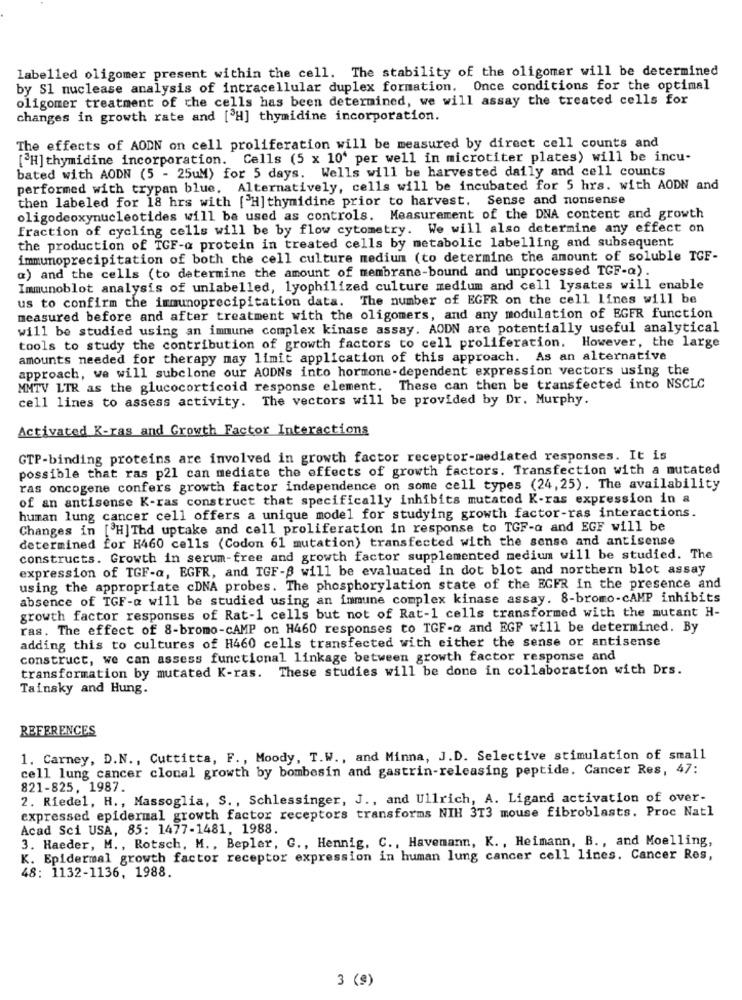
labelled oligomer present within the cell. The stability of the oligomer will be determined
by S1 nuclease analysis of intracellular duplex formation. Once conditions for the optimal
oligomer treatment of the cells has been determined, we will assay the treated cells for
changes in growth rate and [ H] thymidine incorporation.
The effects of AODN on cell proliferation will be measured by direct cell counts and
[H] thymidine incorporation. Cells (5 x 10' per well in microtiter plates) will be incu-
bated with AODN (5 - 25uM) for 5 days. Wells will be harvested daily and cell counts
performed with trypan blue. Alternatively, cells will be incubated for 5 hrs. with AODN and
then labeled for 18 hrs with [ H] thymidine prior to harvest. Sense and nonsense
oligodeoxynucleotides will be used as controls. Measurement of the DNA content and growth
Fraction of cycling cells will be by flow cytometry. We will also determine any effect on
the production of TGF-a protein in treated cells by metabolic labelling and subsequent
immunoprecipitation of both the cell culture medium (to determine the amount of soluble TGF-
a) and the cells (to determine the amount of membrane-bound and unprocessed TGF-Q) .
Immunoblot analysis of unlabelled, lyophilized culture medium and cell lysates will enable
us to confirm the immunoprecipitation data. The number of EGFR on the cell lines will be
measured before and after treatment with the oligomers, and any modulation of EGFR function
will be studied using an immune complex kinase assay. AODN are potentially useful analytical
tools to study the contribution of growth factors to cell proliferation. However, the large
amounts needed for therapy may limit application of this approach. As an alternative
approach, we will subclone our AODNs into hormone-dependent expression vectors using the
MMTV LTR as the glucocorticoid response element. These can then be transfected into NSCLC
cell lines to assess activity. The vectors will be provided by Dr. Murphy.
Activated K-ras and Growth Factor Interactions
GTP-binding proteins are involved in growth factor receptor-mediated responses. It is
possible that ras p21 can mediate the effects of growth factors. Transfection with a mutated
ras oncogene confers growth factor independence on some cell types (24, 25). The availability
of an antisense K-ras construct that specifically inhibits mutated K-ras expression in a
human lung cancer cell offers a unique model for studying growth factor-ras interactions.
Changes in [ H] Thd uptake and cell proliferation in response to TGF-Q and EGF will be
determined for H460 cells (Codon 61 mutation) transfected with the sense and antisense
constructs. Growth in serum-free and growth factor supplemented medium will be studied. The
expression of TGF-a, EGFR, and IGF- will be evaluated in dot blot and northern blot assay
using the appropriate cDNA probes. The phosphorylation state of the EGFR In the presence and
absence of TGF-Q will be studied using an immune complex kinase assay. 8-bromo-cAMP inhibits
growth factor responses of Rat-1 cells but not of Rat-1 cells transformed with the mutant H-
ras. The effect of 8-bromo-cAMP on H460 responses to TGF-Q and EGF will be determined. By
adding this to cultures of H460 cells transfected with either the sense or antisense
construct, we can assess functional linkage between growth factor response and
transformation by mutated K-ras. These studies will be done in collaboration with Drs.
Tainsky and Hung.
REFERENCES
1. Carney, D.N ., Cuttitta, F ., Moody, T.W ., and Minna, J.D. Selective stimulation of small
cell lung cancer clonal growth by bombesin and gastrin-releasing peptide. Cancer Res, 47:
821-825, 1987.
2. Riedel, H ., Massoglia, S ., Schlessinger, J ., and Ullrich, A. Ligand activation of over-
expressed epidermal growth factor receptors transforms NIH 3T3 mouse fibroblasts. Proc Natl
Acad Sci USA, 85: 1477-1481, 1988.
3. Haeder, M ., Rotsch, M ., Bepler, G ., Hennig, C ., Havemann, K ., Heimann, B ., and Moelling,
K. Epidermal growth factor receptor expression in human lung cancer cell lines. Cancer Res,
48: 1132-1136, 1988.
3 (9)